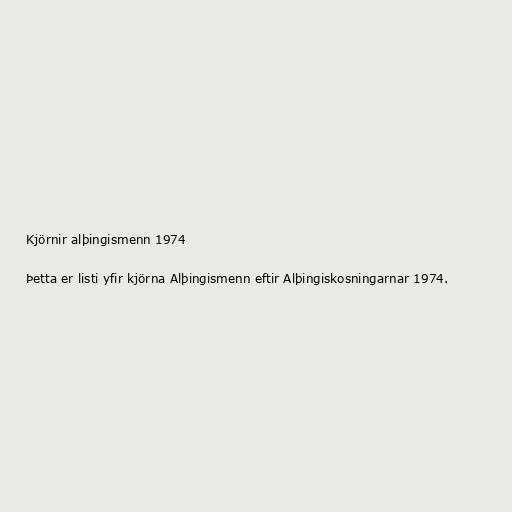
Kjörnir alþingismenn 1974

Þetta er listi yfir kjörna Alþingismenn eftir Alþingiskosningarnar 1974.